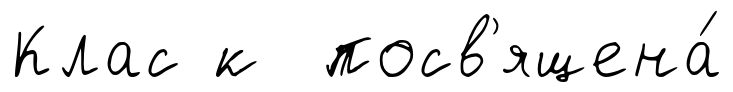
Клас к посв'ящена́